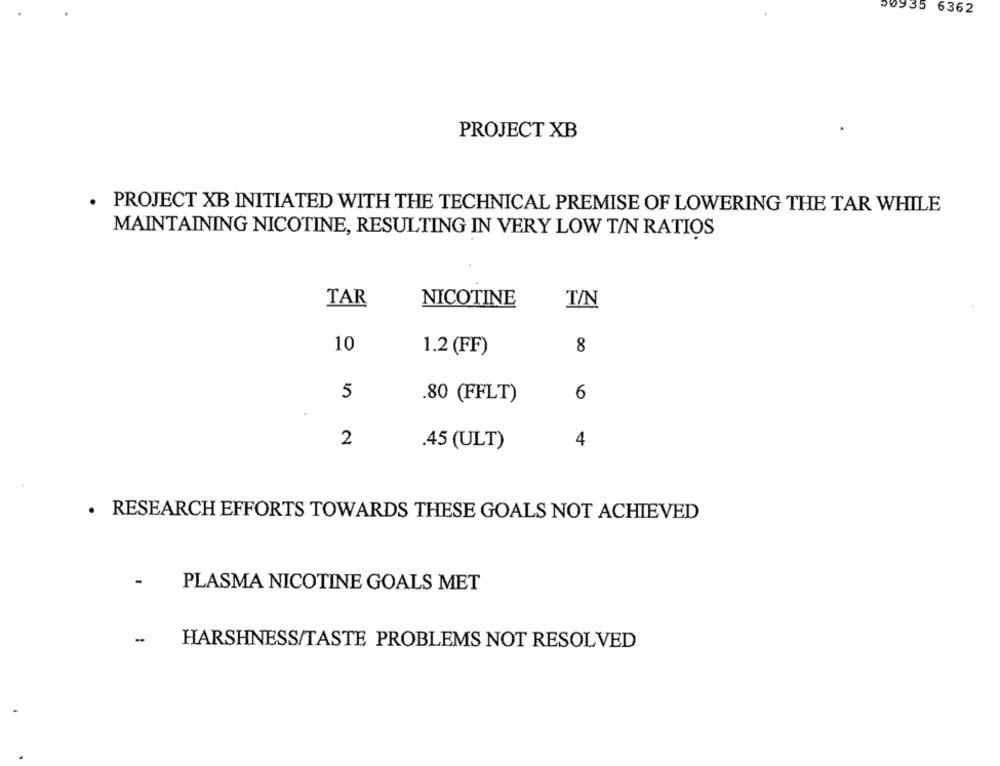
00935 6362
PROJECT XB
. PROJECT XB INITIATED WITH THE TECHNICAL PREMISE OF LOWERING THE TAR WHILE
MAINTAINING NICOTINE, RESULTING IN VERY LOW T/N RATIOS
TAR
NICOTINE
T/N
10
1.2 (FF)
8
5
.80 (FFLT)
6
2
4
.45 (ULT)
. RESEARCH EFFORTS TOWARDS THESE GOALS NOT ACHIEVED
-
PLASMA NICOTINE GOALS MET
-
HARSHNESS/TASTE PROBLEMS NOT RESOLVED